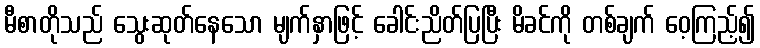
မီစာတိုသည် သွေးဆုတ်နေသော မျက်နှာဖြင့် ခေါင်းညိတ်ပြပြီး မိခင်ကို တစ်ချက် ဝေ့ကြည့်၍